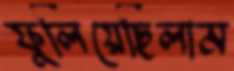
ফুলিয়েছিলাম